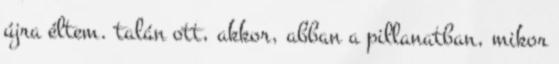
újra éltem. talán ott, akkor, abban a pillanatban, mikor